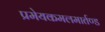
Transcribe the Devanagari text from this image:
प्रमेयकमलमार्तण्ड